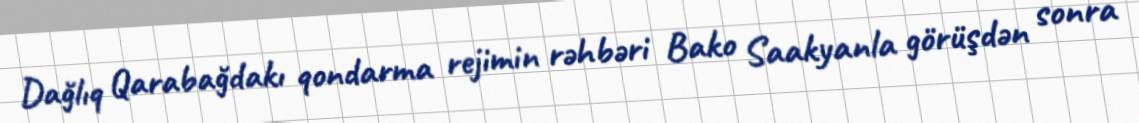
Dağlıq Qarabağdakı qondarma rejimin rəhbəri Bako Saakyanla görüşdən sonra